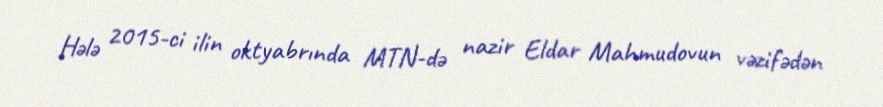
Hələ 2015-ci ilin oktyabrında MTN-də nazir Eldar Mahmudovun vəzifədən